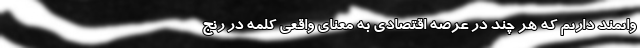
وانمند داریم که هر چند در عرصه اقتصادی به معنای واقعی کلمه در رنج